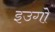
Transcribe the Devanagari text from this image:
इउगो